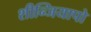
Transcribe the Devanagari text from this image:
शीन्जियापो